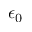
\epsilon _ { 0 }